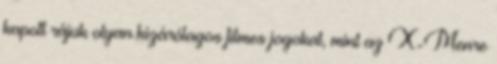
kapott rájuk olyan kizárólagos filmes jogokat, mint az X-Menre